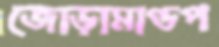
জোড়ামাণ্ডপ